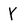
Character: Y